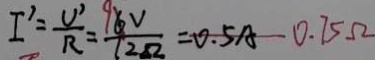
I ^ { \prime } = \frac { U ^ { \prime } } { R } = \frac { 9 6 V } { 1 2 \Omega } = 0 . 5 A 0 . 7 5 \Omega